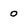
Character: 0